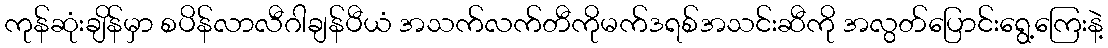
ကုန်ဆုံးချိန်မှာ စပိန်လာလီဂါချန်ပီယံ အသက်လက်တီကိုမက်ဒရစ်အသင်းဆီကို အလွတ်ပြောင်းရွေ့ကြေးနဲ့